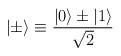
\begin{align*}|\pm\rangle \equiv { |0\rangle \pm |1\rangle \over \sqrt{2} }\end{align*}